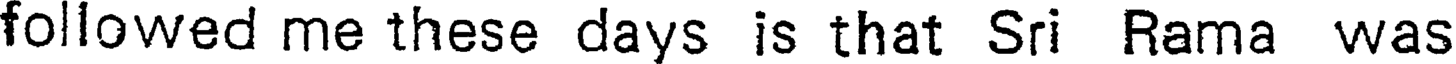
followed me these days is that Sri Rama was